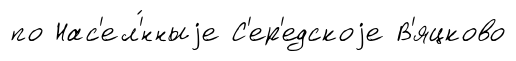
по Нас'ел'́нныjе С'ер'едскоjе В'яцково